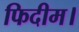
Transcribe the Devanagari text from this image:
फिदीम।